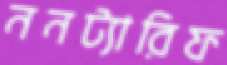
ননট্যারিফ